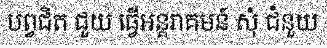
បព្វជិត ជួយ ធ្វើអន្តរាគមន៍ សុំ ជំនួយ